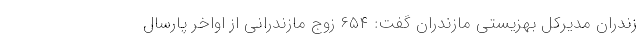
زندران مدیرکل بهزیستی مازندران گفت: ۶۵۴ زوج مازندرانی از اواخر پارسال